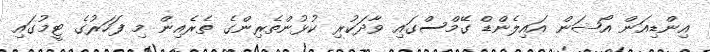
އިންޑިއަން އޯޝަން އައިލެންޑް ގޭމްސްގައި ވާދަކުރި ކުޅުންތެރިންގެ ތެރެއިން މި ފަހަރުގެ ޓީމުގައި